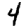
Digit: 4